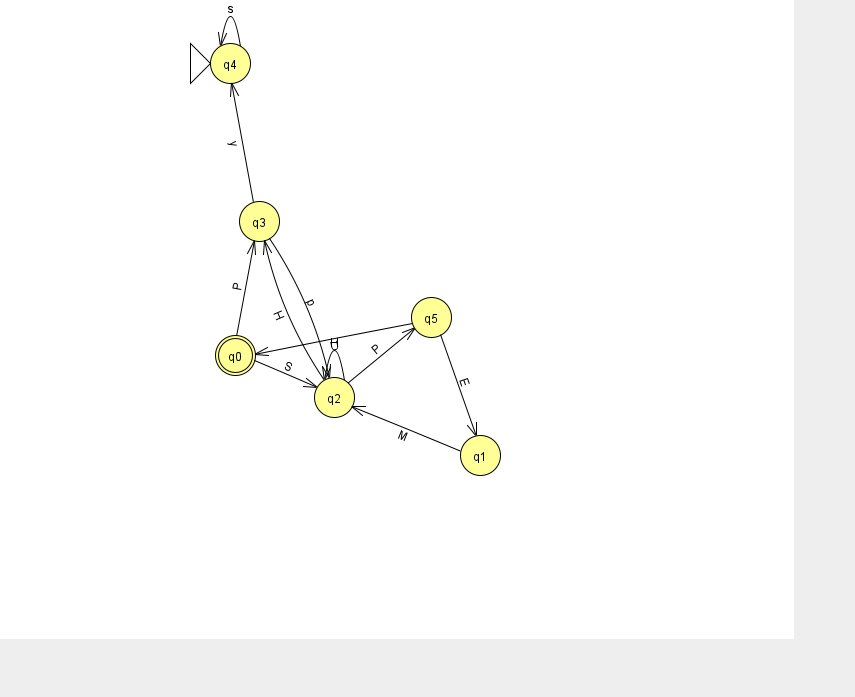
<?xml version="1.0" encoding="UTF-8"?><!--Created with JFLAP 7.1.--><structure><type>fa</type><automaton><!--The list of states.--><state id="0" name="q0"><x>235.0</x><y>342.0</y><final/></state><state id="1" name="q1"><x>480.0</x><y>442.0</y></state><state id="2" name="q2"><x>334.0</x><y>384.0</y></state><state id="3" name="q3"><x>259.0</x><y>208.0</y></state><state id="4" name="q4"><x>230.0</x><y>50.0</y><initial/></state><state id="5" name="q5"><x>431.0</x><y>304.0</y></state><!--The list of transitions.--><transition><from>2</from><to>5</to><read>P</read></transition><transition><from>1</from><to>2</to><read>M</read></transition><transition><from>0</from><to>2</to><read>S</read></transition><transition><from>4</from><to>4</to><read>s</read></transition><transition><from>2</from><to>3</to><read>H</read></transition><transition><from>5</from><to>0</to><read>U</read></transition><transition><from>2</from><to>2</to><read>H</read></transition><transition><from>5</from><to>1</to><read>E</read></transition><transition><from>3</from><to>4</to><read>y</read></transition><transition><from>0</from><to>3</to><read>P</read></transition><transition><from>3</from><to>2</to><read>p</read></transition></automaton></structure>